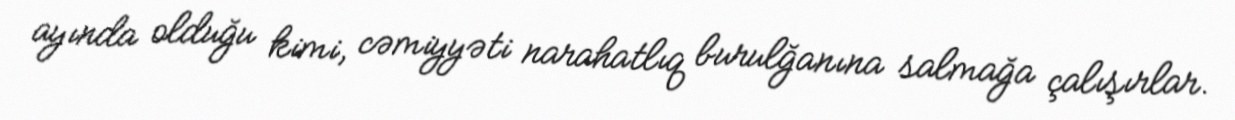
ayında olduğu kimi, cəmiyyəti narahatlıq burulğanına salmağa çalışırlar.